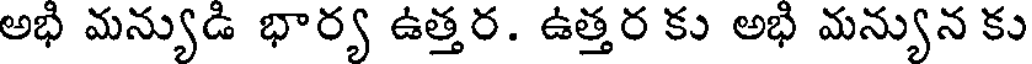
అభి మన్యుడి భార్య ఉత్తర. ఉత్తర కు అభి మన్యున కు